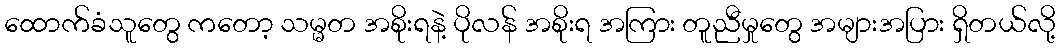
ထောက်ခံသူတွေ ကတော့ သမ္မတ အစိုးရနဲ့ ပိုလန် အစိုးရ အကြား တူညီမှုတွေ အများအပြား ရှိတယ်လို့